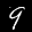
Label: 9